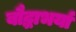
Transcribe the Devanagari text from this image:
बौद्धाभर्या